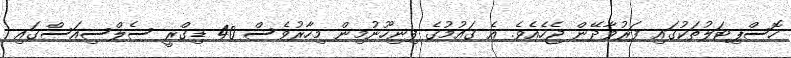
ހޮސްޕިޓަލުތަކުގައި ފަރުވާދޭން ޖެހެއެވެ. އެެ ގައުމުގެ ފިނިހޫނުމިން މިހާރުވެސް 40 ޑިގްރީ ސެލްސިއަސްގައި